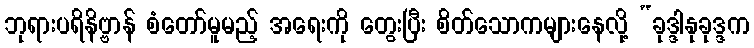
ဘုရားပရိနိဗ္ဗာန် စံတော်မူမည့် အရေးကို တွေးပြီး စိတ်သောကများနေလို့ “ခုဒ္ဒါနုခုဒ္ဒက